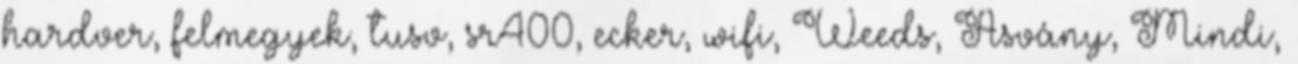
hardver, felmegyek, tusv, sr400, ecker, wifi, Weeds, Ásvány, Mindi,